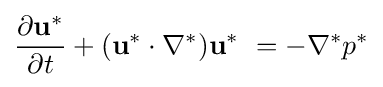
{\frac {\partial \mathbf {u^{*}} }{\partial t}}+(\mathbf {u^{*}} \cdot \nabla ^{*})\mathbf {u^{*}} \ =-\nabla ^{*}p^{*}